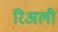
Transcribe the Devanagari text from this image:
रिअली